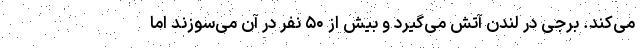
می‌کند. برجی در لندن آتش می‌گیرد و بیش از ۵۰ نفر در آن می‌سوزند اما